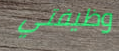
وظيفتي